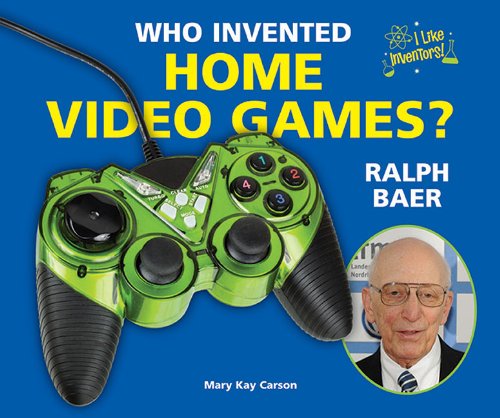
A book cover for Who Invented Home Video Games? Ralph Baer (I Like Inventors!); Mary Kay Carson; Children's Books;